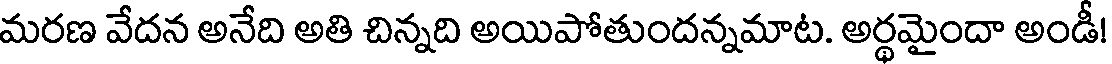
మరణ వేదన అనేది అతి చిన్నది అయిపోతుందన్నమాట. అర్థమైందా అండీ